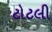
ટોટલી